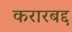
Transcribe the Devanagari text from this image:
करारबद्द